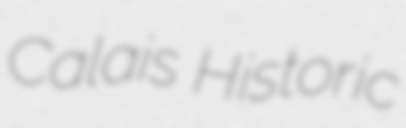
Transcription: Calais Historic